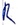
Text: R